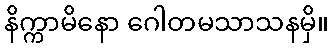
နိက္ကာမိနော ဂေါတမသာသနမှိ။